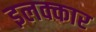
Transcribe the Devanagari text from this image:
इलक्कार